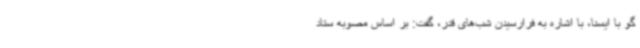
گو با ایسنا، با اشاره به فرارسیدن شب‌های قدر، گفت: بر اساس مصوبه ستاد